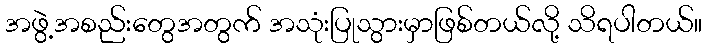
အဖွဲ့အစည်းတွေအတွက် အသုံးပြုသွားမှာဖြစ်တယ်လို့ သိရပါတယ်။